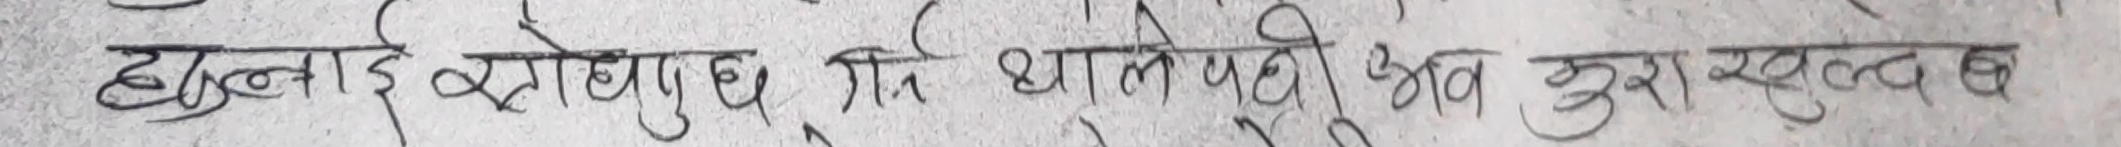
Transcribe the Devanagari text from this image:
हुन्न लाई क्रोधिछु, निःथालेयदी मत भुर खुद्व